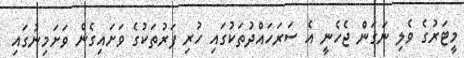
މީޓަރުގެ ވެލި ނަގަން ޖެހެނީ އެ ސަރަހައްދުތަކުގައި ހުރި ފަރުތަކުގެ ވަށައިގެން ވަށަމިނުގައި